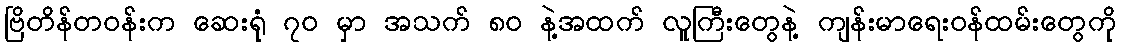
ဗြိတိန်တဝန်းက ဆေးရုံ ၇၀ မှာ အသက် ၈၀ နဲ့အထက် လူကြီးတွေနဲ့ ကျန်းမာရေးဝန်ထမ်းတွေကို